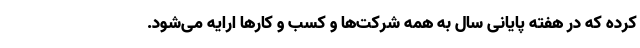
کرده که در هفته پایانی سال به همه شرکت‌ها و کسب و کارها ارایه می‌شود.